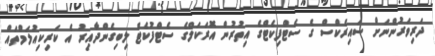
ދަރިވަރުންނަށް ސައިރެކްސް ގެ ސެޓްފިކެޓްގެ އިތުރުން އޮރަކަލްގެ ސެޓްފުކެޓް ލިބިގެންދާއިރު އެ ކަރިކިއުލަމްތައް